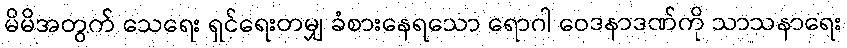
မိမိအတွက် သေရေး ရှင်ရေးတမျှ ခံစားနေရသော ရောဂါ ဝေဒနာဒဏ်ကို သာသနာရေး